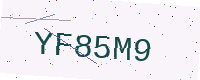
Text: YF85M9